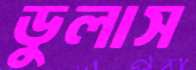
ডুলাস